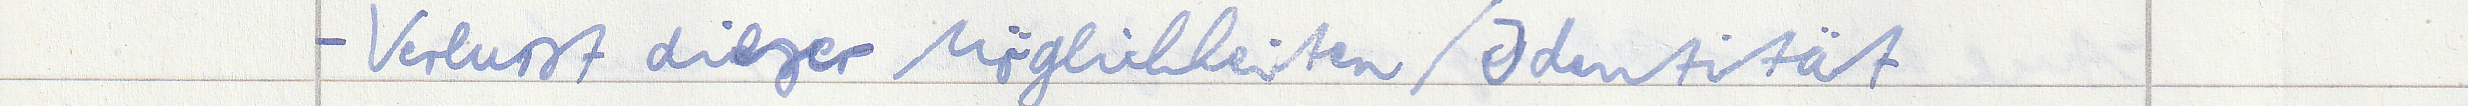
- Verlust dieser Möglichkeiten / Identität